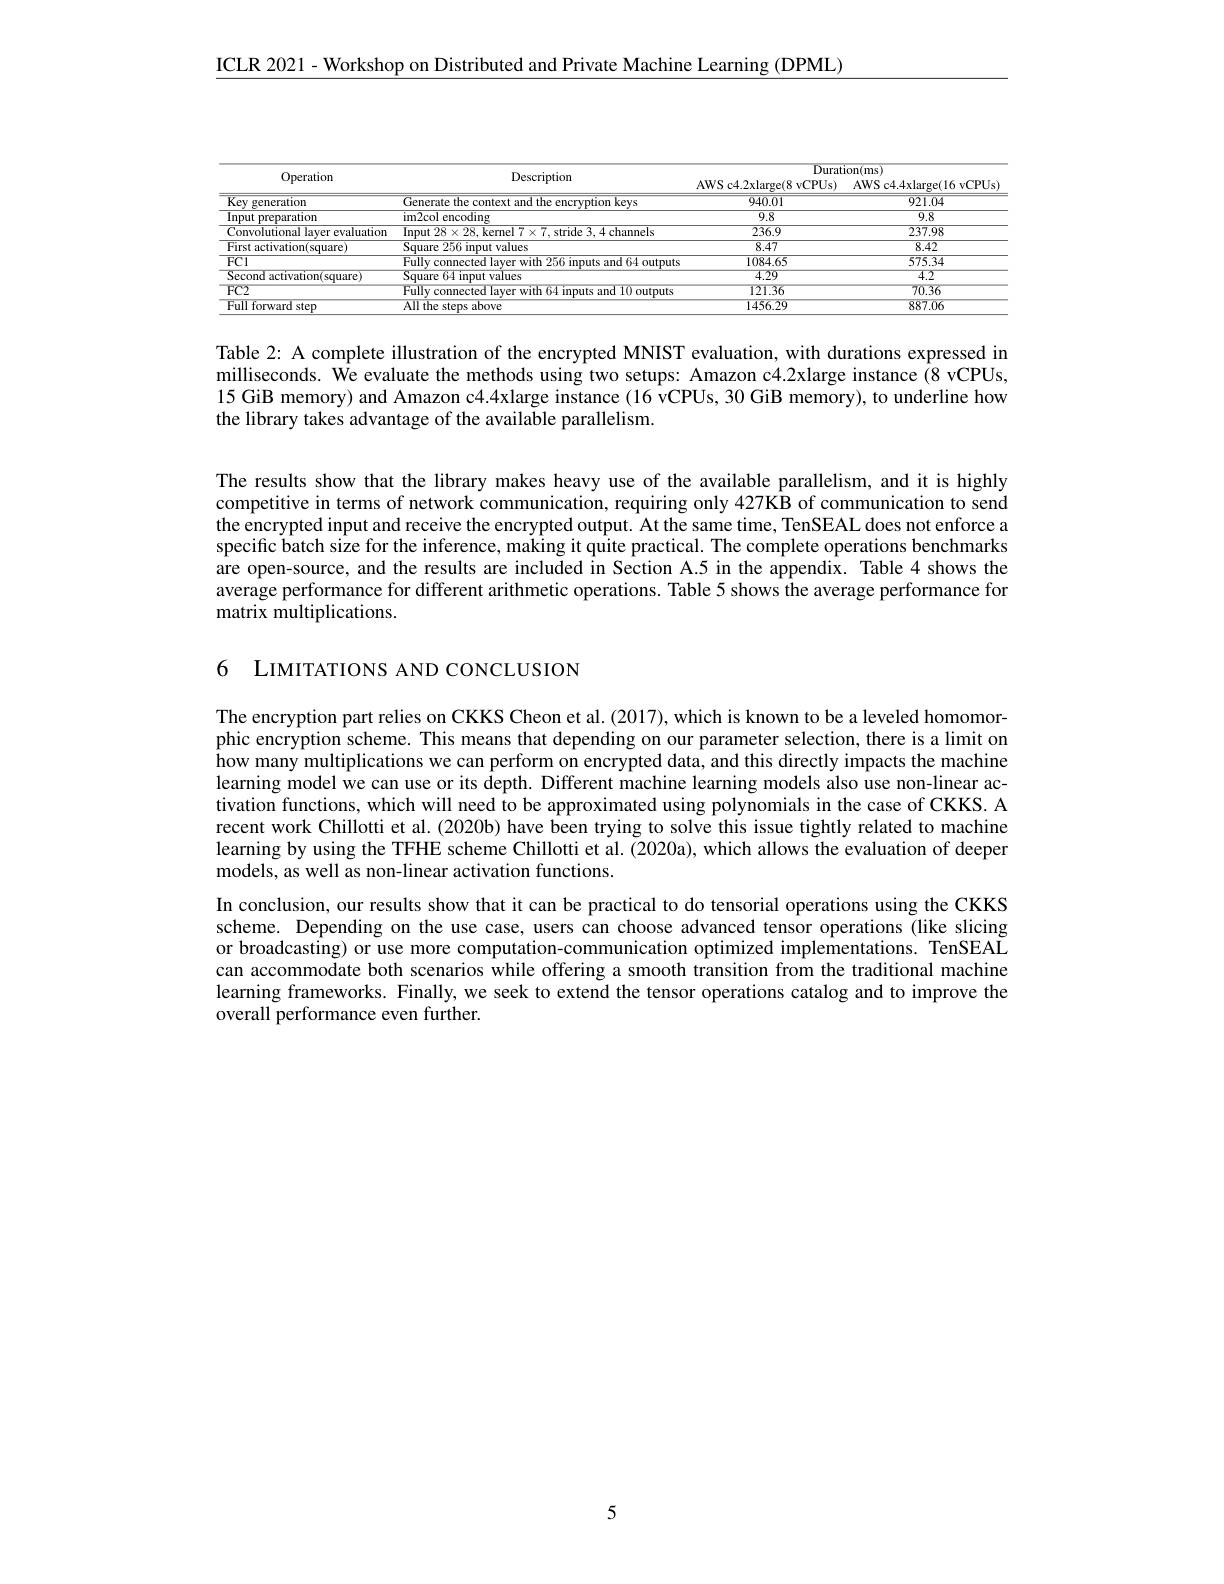
$\underline{\mathrm{ICLR~2021-Workshop~on~Distributed~and~Private~Machine~Learning~(DPML)}}$

<table>
	<tbody>
		<tr>
			<th rowspan="2">Operation</th>
			<th rowspan="2">Description</th>
			<th colspan="2">$\operatorname{Duration(ms)}$</th>
		</tr>
		<tr>
			<th>AWS c4. 2xlarge( 8 vCPUs) </th>
			<th>AWS c4. 4xlarge( 16 vCPUs) </th>
		</tr>
		<tr>
			<td>$\overline{\text{Key }}$ generation</td>
			<td>ption keys $\Gamma ipI$ merate</td>
			<td>940.01</td>
			<td>921.04</td>
		</tr>
		<tr>
			<td>$\overline{\mathrm{Input~preparation}}$</td>
			<td>im2col $\overline{\text{encoding}}$</td>
			<td>$\overline{9.8}$</td>
			<td>$\overline{9.8}$</td>
		</tr>
		<tr>
			<td>Convolutional layer evaluation</td>
			<td>channels lnnut</td>
			<td>236.9</td>
			<td>237.98</td>
		</tr>
		<tr>
			<td>First activation(square)</td>
			<td>Square $\overline{256\text{ input values}}$</td>
			<td>$\overline{8.47}$</td>
			<td>8.42</td>
		</tr>
		<tr>
			<td>$\overline{\mathrm{FCl}}$</td>
			<td>and Outputs</td>
			<td>1084.65</td>
			<td>575.34</td>
		</tr>
		<tr>
			<td>Second activation(square)</td>
			<td>$\overline{\mathrm{Square}}$ 64 input values 1.</td>
			<td>$\overline{4.29}$</td>
			<td>$\overline{4.2}$</td>
		</tr>
		<tr>
			<td>$FC2$</td>
			<td>10 outputs</td>
			<td>121.36</td>
			<td>70.36</td>
		</tr>
		<tr>
			<td>Full forward step</td>
			<td>All the steps above</td>
			<td>1456.29</td>
			<td>887.06</td>
		</tr>
	</tbody>
</table>

Table 2: A complete illustration of the encrypted MNIST evaluation, with durations expressed in milliseconds. $\hat{\text{We evaluate the methods using two setups: Amazon c}4.2xlarge~instance~(8~vCPUs,}$ 15 GiB memory) and Amazon c4.4xlarge instance (16 vCPUs, 30 GiB memory), to underline how the library takes advantage of the available parallelism.

The results show that the library makes heavy use of the available parallelism, and it is highly competitive in terms of network communication, requiring only 427KB of communication to send the encrypted input and receive the encrypted output. At the same time, TenSEAL does not enforce a specific batch size for the inference, making it quite practical. The complete operations benchmarks are open-source, and the results are included in Section A.5 in the appendix. Table 4 shows the average performance for different arithmetic operations. Table 5 shows the average performance for matrix multiplications.

6 LIMITATIONS AND CONCLUSION

The encryption part relies on CKKS Cheon et al. (2017), which is known to be a leveled homomorphic encryption scheme. This means that depending on our parameter selection, there is a limit on how many multiplications we can perform on encrypted data, and this directly impacts the machine learning model we can use or its depth. Different machine learning models also use non-linear activation functions, which will need to be approximated using polynomials in the case of CKKS. A recent work Chillotti et al. (2020b) have been trying to solve this issue tightly related to machine learning by using the TFHE scheme Chillotti et al. (2020a), which allows the evaluation of deeper models, as well as non-linear activation functions.
In conclusion, our results show that it can be practical to do tensorial operations using the CKKS scheme. Depending on the use case, users can choose advanced tensor operations (like slicing or broadcasting) or use more computation-communication optimized implementations. TenSEAL can accommodate both scenarios while offering a smooth transition from the traditional machine learning frameworks. Finally, we seek to extend the tensor operations catalog and to improve the overall performance even further.

5